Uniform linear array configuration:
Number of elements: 64
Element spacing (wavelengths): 1
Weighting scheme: blackman
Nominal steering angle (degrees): -30
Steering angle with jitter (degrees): -29.555
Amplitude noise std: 0.05
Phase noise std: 0.05

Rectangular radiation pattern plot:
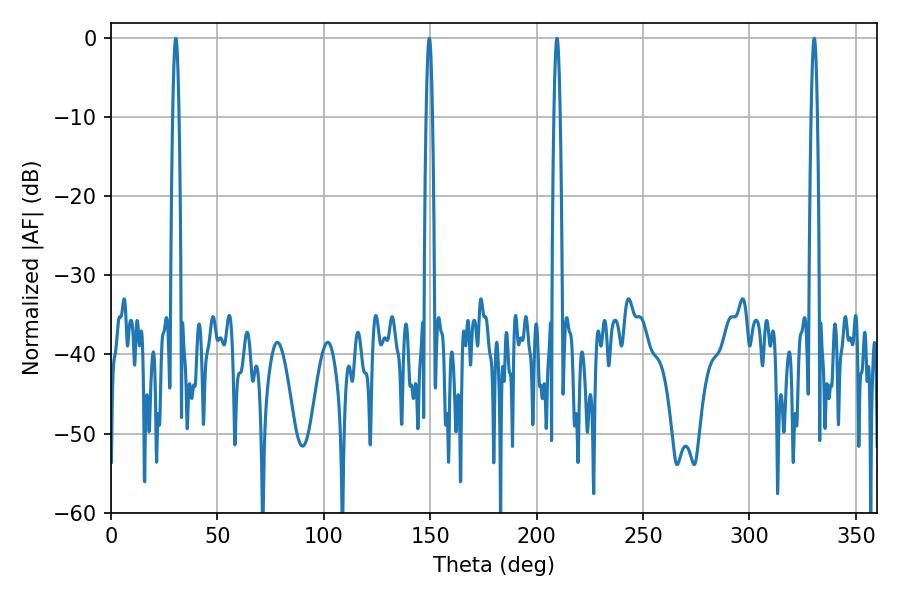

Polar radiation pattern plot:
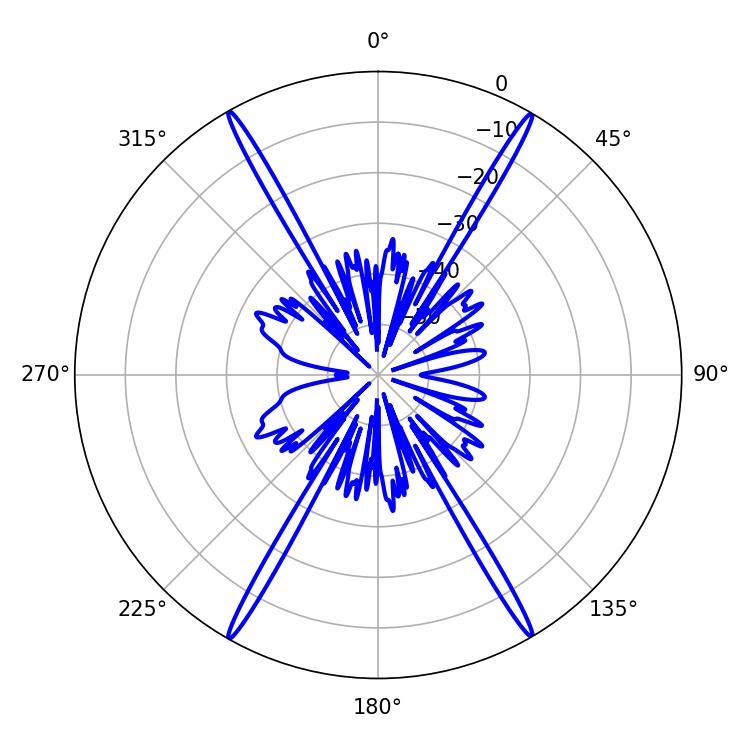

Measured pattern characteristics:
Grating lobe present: TRUE
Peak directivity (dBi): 32.842
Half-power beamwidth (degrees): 1.44
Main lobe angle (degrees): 30.42